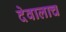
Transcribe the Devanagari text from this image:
देवालाच